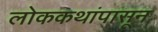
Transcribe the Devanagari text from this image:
लोककथांपासून